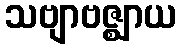
သဗျာဗဇ္ဈာယ